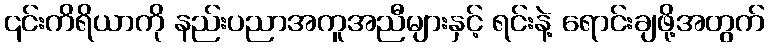
၎င်းကိရိယာကို နည်းပညာအကူအညီများနှင့် ရင်းနဲ့ ရောင်းချဖို့အတွက်